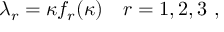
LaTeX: \lambda _ { r } = \kappa f _ { r } ( \kappa ) \quad r = 1 , 2 , 3 \, \, ,